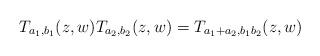
LaTeX: \begin{align*}T_{a_1,b_1}(z,w)T_{a_2,b_2}(z,w) = T_{a_1+a_2,b_1b_2}(z,w)\end{align*}